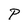
Character: P